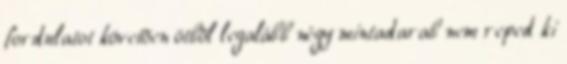
fordulatot követõen ötbõl legalább négy mintadarab nem reped ki